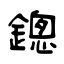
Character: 鏓